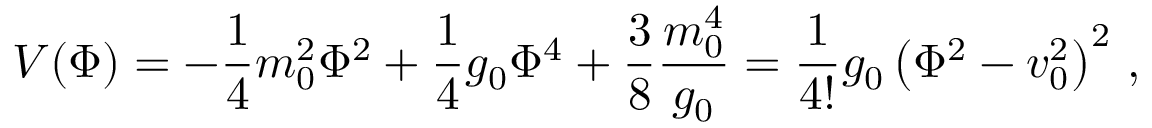
V ( \Phi ) = - \frac { 1 } { 4 } m _ { 0 } ^ { 2 } \Phi ^ { 2 } + \frac { 1 } { 4 } g _ { 0 } \Phi ^ { 4 } + \frac { 3 } { 8 } \frac { m _ { 0 } ^ { 4 } } { g _ { 0 } } = \frac { 1 } { 4 ! } g _ { 0 } \left( \Phi ^ { 2 } - v _ { 0 } ^ { 2 } \right) ^ { 2 } \, ,